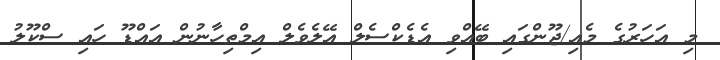
މި އަހަރުގެ މެއި/ޖޫންގައި ބޭއްވި އެޑެކްސެލް އޭލެވެލް އިމްތިހާނުން އައްޑޫ ހައި ސްކޫލު